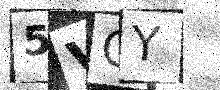
Text: 5VCY